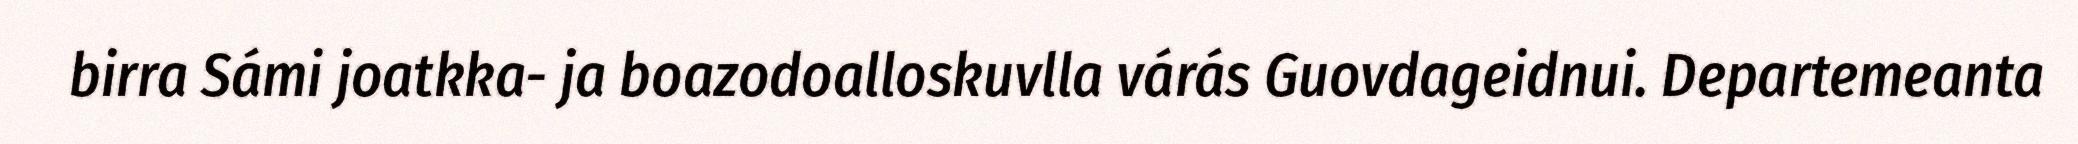
birra Sámi joatkka- ja boazodoalloskuvlla várás Guovdageidnui. Departemeanta